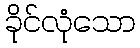
ခိုင်လုံသော